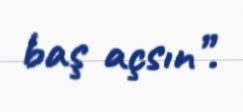
baş açsın”.